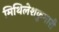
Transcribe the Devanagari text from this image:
मिथिलेशकुमारी